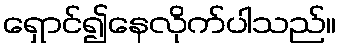
ရှောင်၍နေလိုက်ပါသည်။